Annual returns of the Patna Lunatic Asylum at Bankipore in Bihar and Orissa - 1912-1924
Year: 1912
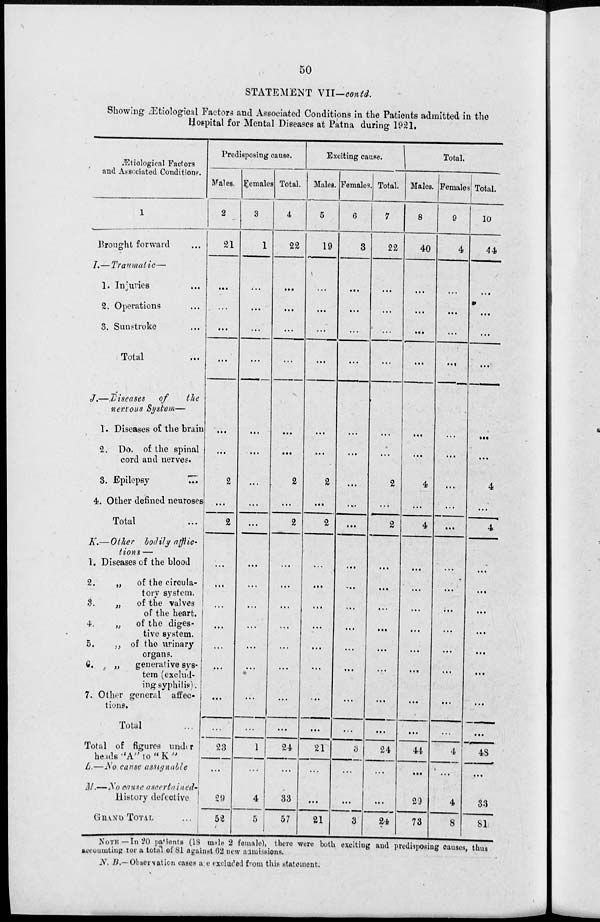
50
STATEMENT VII—contd.
Showing Ætiological Factors and Associated Conditions in the Patients admitted in the
Hospital for Mental Diseases at Patna during 1921.
Ætiological Factors
and Associated Conditions.
1
Brought forward ...
I.—Traumatic—
1. Injuries ...
2. Operations ...
3. Sunstroke ...
Total ...
J.—Diseases
of
the
nervous System—
1. Diseases of the brain
2. Do. of the spinal
cord and nerves.
3. Epilepsy
...
4. Other defined neuroses
Total ...
K.— Other bodily afflic-
tions —
1. Diseases of the blood
2.
„
of the circula-
tory System.
3.
„
of the valves
of the heart.
4.
„
of the diges-
tive system.
5.
„ of the urinary
organs.
6.
„
generative Sys-
tem (exclud-
ing syphilis).
7. Other general affec-
tions.
Total ...
Total of figures under
heads "A" to "K"
L.—No cause assignable
M.—No cause ascertained-
History defective
GRAND TOTAL ...
Predisposing cause.
Males.
2
21
...
...
...
...
...
...
2
...
2
...
...
...
...
...
...
...
...
23
...
29
52
Females.
3
1
...
...
...
...
...
...
...
...
...
...
...
...
...
...
...
...
...
1
...
4
5
Total.
4
22
...
...
...
...
...
...
2
...
2
...
...
...
...
...
...
...
...
24
...
33
57
Exciting cause.
Males.
5
19
...
...
...
...
...
...
2
...
2
...
...
...
...
...
...
...
...
21
...
...
21
Females.
6
3
...
...
...
...
...
...
...
...
...
...
...
...
...
...
...
...
...
3
...
...
3
Total.
7
22
...
...
...
...
...
...
2
...
2
...
...
...
...
...
...
...
...
24
...
...
24
Total.
Males.
8
40
...
...
...
...
...
...
4
...
4
...
...
...
...
...
...
...
...
44
...
29
73
Females.
9
4
...
...
...
...
...
...
...
...
...
...
...
...
...
...
...
...
...
4
...
4
8
Total.
10
44
...
...
...
...
...
...
4
...
4
...
...
...
...
...
...
...
...
48
...
33
81
NOTE—In 20 patients (18 male 2 female), there were both exciting and predisposing causes, thus
accounting for a total of 81 against 62 new admissions.
N. B.—Observation cases are excluced from this statement.